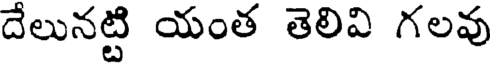
దేలునట్టి యంత తెలివి గలవు